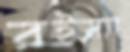
রইম্যা